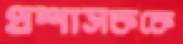
প্রশাসককে